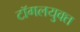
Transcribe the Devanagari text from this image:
टॉगलयुक्त